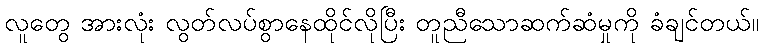
လူတွေ အားလုံး လွတ်လပ်စွာနေထိုင်လိုပြီး တူညီသောဆက်ဆံမှုကို ခံချင်တယ်။